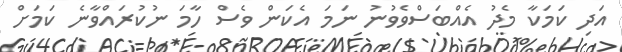
އަދި ކަމަކާ މެދު އެއްބަސްވެވުނު ނަމަ އެކަން ވެސް ހާމަ ނުކުރައްވާނެ ކަމަށް